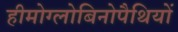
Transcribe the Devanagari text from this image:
हीमोग्लोबिनोपैथियों